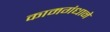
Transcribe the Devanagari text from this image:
कामगंधाने